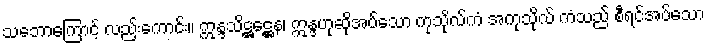
သဘောကြောင့် လည်းကောင်း။ ဣန္ဒသိဋ္ဌဋ္ဌေန၊ ဣန္ဒဟုဆိုအပ်သော ကုသိုလ်ကံ အကုသိုလ် ကံသည် စီရင်အပ်သော